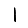
Digit: 1